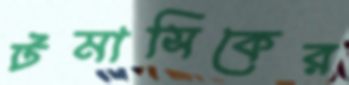
টমাসিকের